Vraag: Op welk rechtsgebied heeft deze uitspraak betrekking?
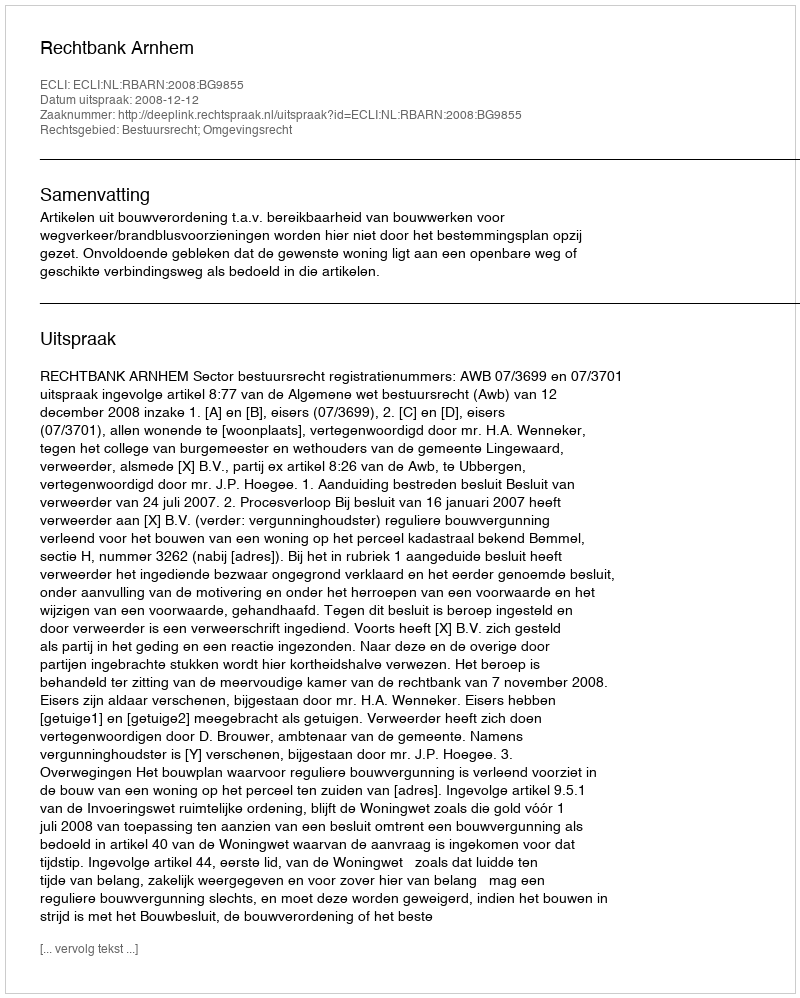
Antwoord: Bestuursrecht; Omgevingsrecht